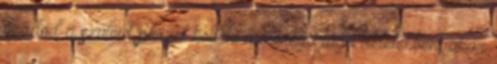
imádod a szüleid pénzét költeni a méregdrága üzletekben, akár